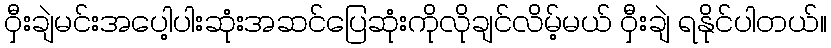
ဝှီးချဲမင်းအပေါ့ပါးဆုံးအဆင်ပြေဆုံးကိုလိုချင်လိမ့်မယ် ဝှီးချဲ ရနိုင်ပါတယ်။